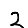
Digit: 2